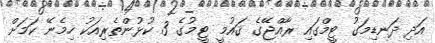
އަދި ދަނޑިމަގު ޓީމްގައި ރާއްޖޭގެ ޤައުމީ ޓީމުގެ 3 ކުޅުންތެރިއަކު ހިމެނޭ ކަމަށް